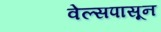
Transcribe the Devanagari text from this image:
वेल्सपासून